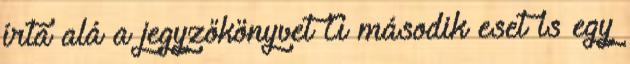
írta alá a jegyzőkönyvet A második eset is egy